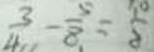
\frac { 3 } { 4 } - \frac { 5 } { 8 } = \frac { 1 0 } { 8 }